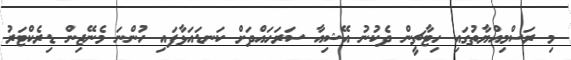
މި ރަސްމިއްޔާތުގައި ހިޓާޗީން ދެކުނު އޭޝިއާ ސަރަހައްދަށް ކަނޑައަޅާފައި ހުންނަ މެނޭޖިން ޑިރެކްޓަރު